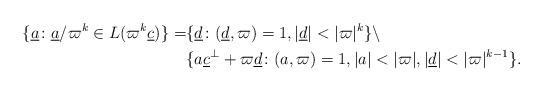
LaTeX: \begin{align*} \{\underline{a}\colon \underline{a}/\varpi^k\in L(\varpi^k\underline{c})\}= & \{\underline{d}\colon (\underline{d},\varpi)=1, |\underline{d}|<|\varpi|^k\}\setminus \\ &\{a\underline{c}^\bot +\varpi\underline{d}\colon (a,\varpi)=1, |a|<|\varpi|, |\underline{d}|<|\varpi|^{k-1}\}. \end{align*}